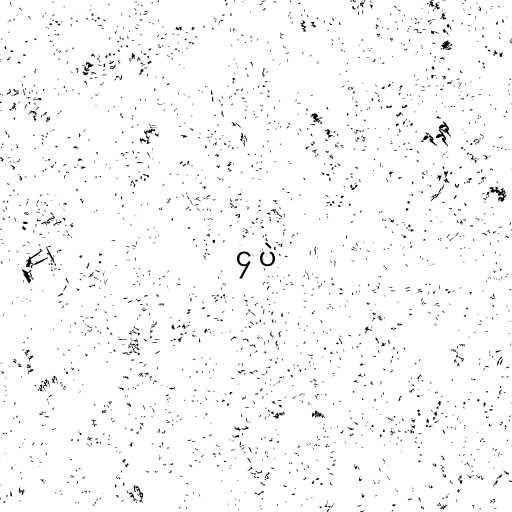
၄ ပဲ